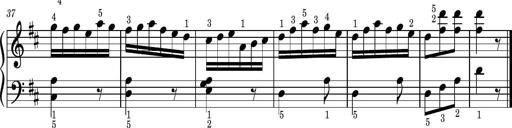
Title: Easy Progressive Lessons and 4 Sonatinas
Composer: Thomas Attwood